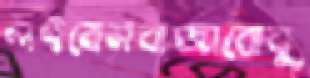
লইবেনবাজাবোবু